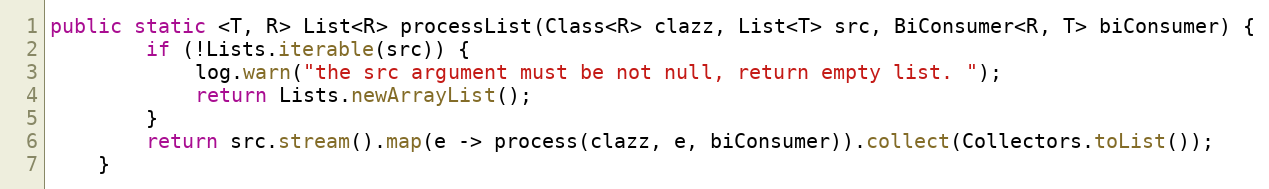
Language: Java
public static <T, R> List<R> processList(Class<R> clazz, List<T> src, BiConsumer<R, T> biConsumer) {
        if (!Lists.iterable(src)) {
            log.warn("the src argument must be not null, return empty list. ");
            return Lists.newArrayList();
        }
        return src.stream().map(e -> process(clazz, e, biConsumer)).collect(Collectors.toList());
    }